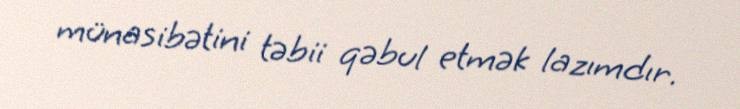
münasibətini təbii qəbul etmək lazımdır.